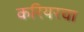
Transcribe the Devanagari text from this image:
करियरचा